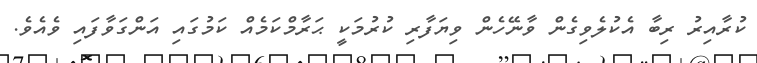
ކުރާއިރު ރިބާ އެކުލެވިގެން ވާނޭހެން ވިޔަފާރި ކުރުމަކީ ޙަރާމްކަމެއް ކަމުގައި އަންގަވާފައި ވެއެވެ.